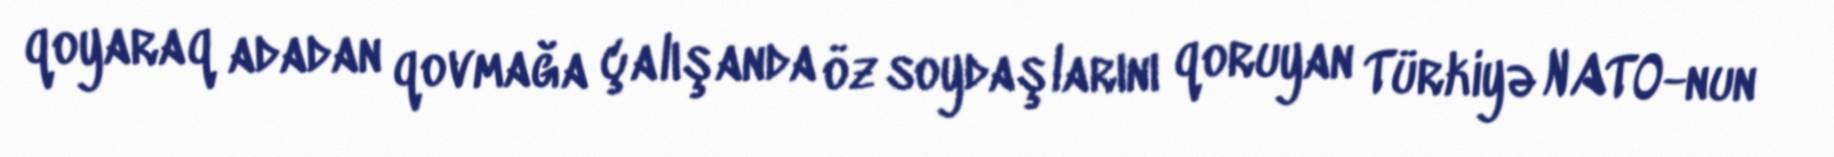
qoyaraq adadan qovmağa çalışanda öz soydaşlarını qoruyan Türkiyə NATO-nun